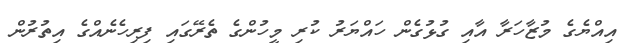
އިއްޔެގެ މުޒާހަރާ އާއި ގުޅުގެން ހައްޔަރު ކުރި މީހުންގެ ތެރޭގައި ފިރިހެނެއްގެ އިތުރުން